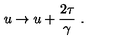
u \to u + { \frac { 2 \tau } { \gamma } } \ .